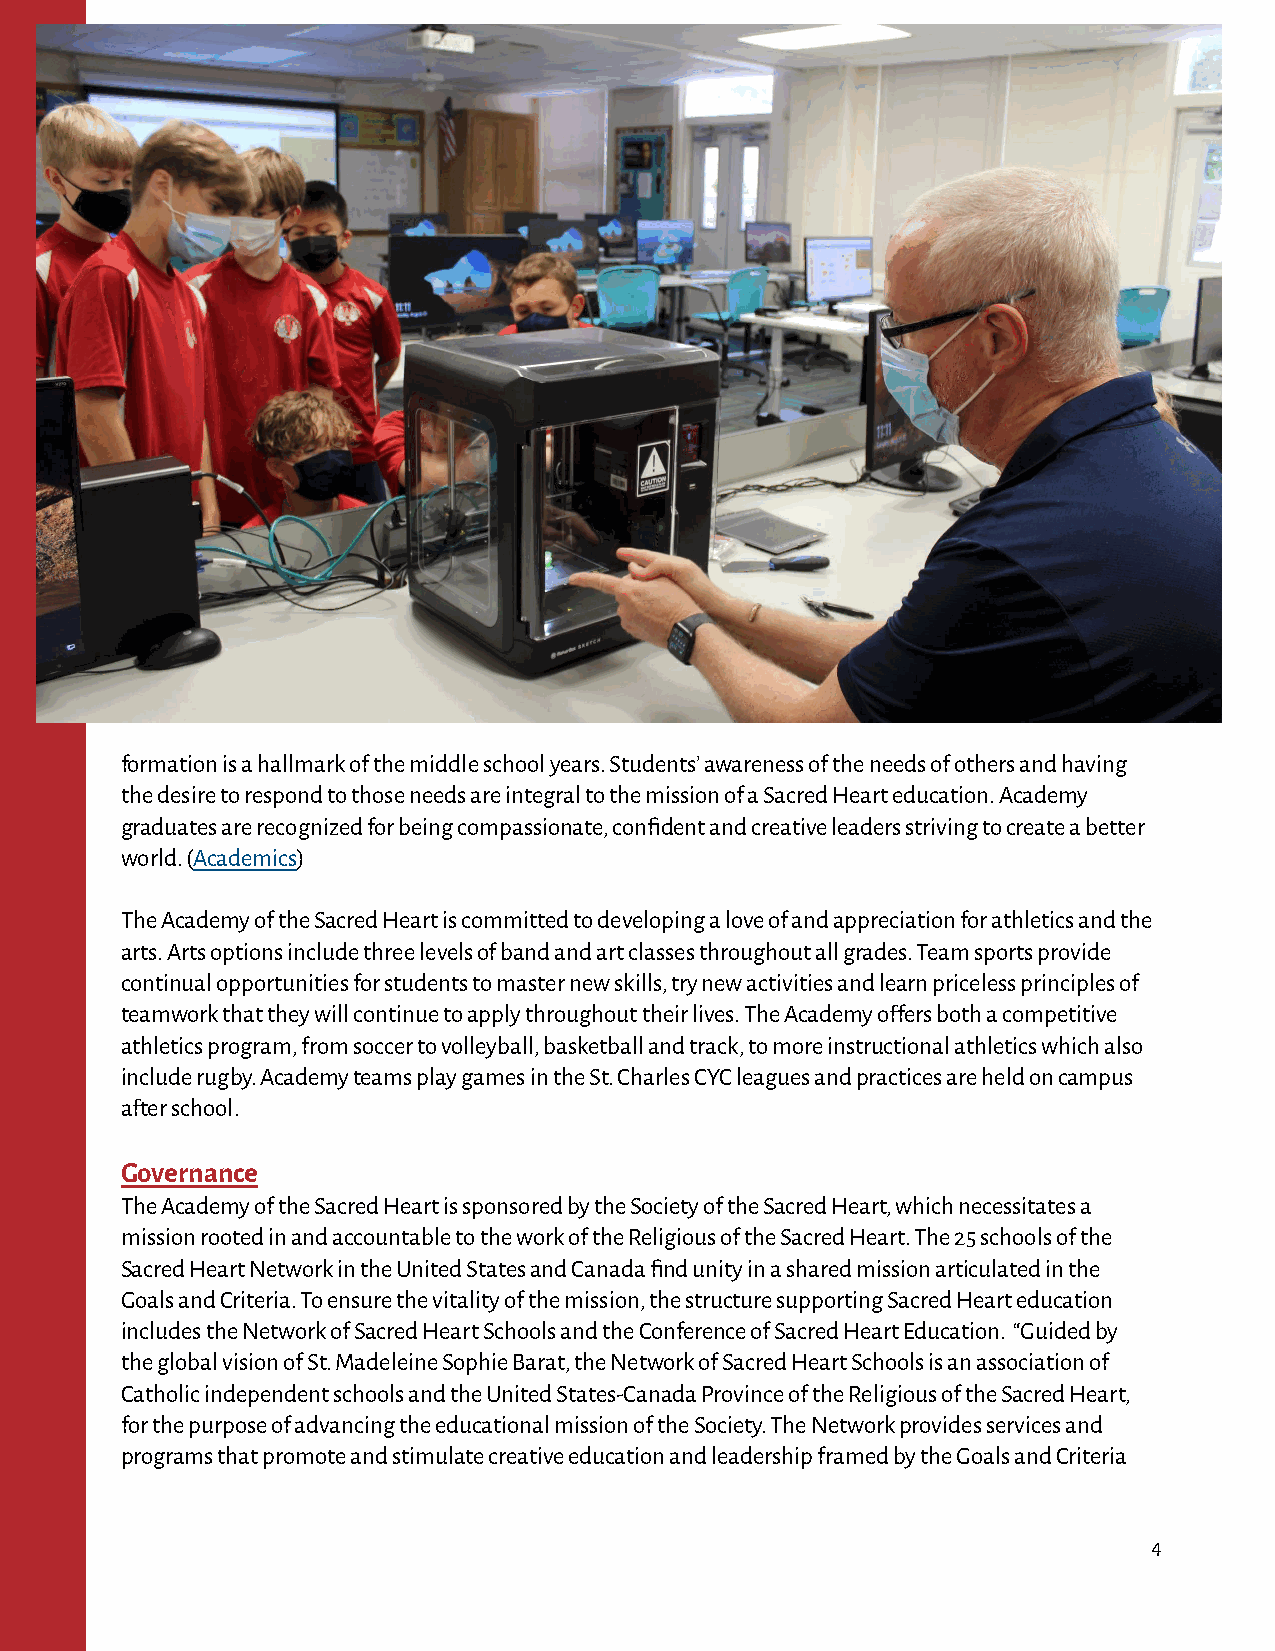
formation is a hallmark of the middle school years. Students’ awareness of the needs of others and having
 the desire to respond to those needs are integral to the mission of a Sacred Heart education. Academy
 graduates are recognized for being compassionate, confident and creative leaders striving to create a better
 world. (Academics)
 The Academy of the Sacred Heart is committed to developing a love of and appreciation for athletics and the
 arts. Arts options include three levels of band and art classes throughout all grades. Team sports provide
 continual opportunities for students to master new skills, try new activities and learn priceless principles of
 teamwork that they will continue to apply throughout their lives. The Academy offers both a competitive
 athletics program, from soccer to volleyball, basketball and track, to more instructional athletics which also
 include rugby. Academy teams play games in the St. Charles CYC leagues and practices are held on campus
 after school.
 Governance
 The Academy of the Sacred Heart is sponsored by the Society of the Sacred Heart, which necessitates a
 mission rooted in and accountable to the work of the Religious of the Sacred Heart. The 25 schools of the
 Sacred Heart Network in the United States and Canada find unity in a shared mission articulated in the
 Goals and Criteria. To ensure the vitality of the mission, the structure supporting Sacred Heart education
 includes the Network of Sacred Heart Schools and the Conference of Sacred Heart Education. “Guided by
 the global vision of St. Madeleine Sophie Barat, the Network of Sacred Heart Schools is an association of
 Catholic independent schools and the United States-Canada Province of the Religious of the Sacred Heart,
 for the purpose of advancing the educational mission of the Society. The Network provides services and
 programs that promote and stimulate creative education and leadership framed by the Goals and Criteria
 4